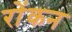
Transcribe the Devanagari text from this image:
रोंकन